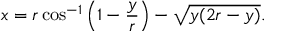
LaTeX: x = r \cos ^ { - 1 } \left( 1 - { \frac { y } { r } } \right) - { \sqrt { y ( 2 r - y ) } } .